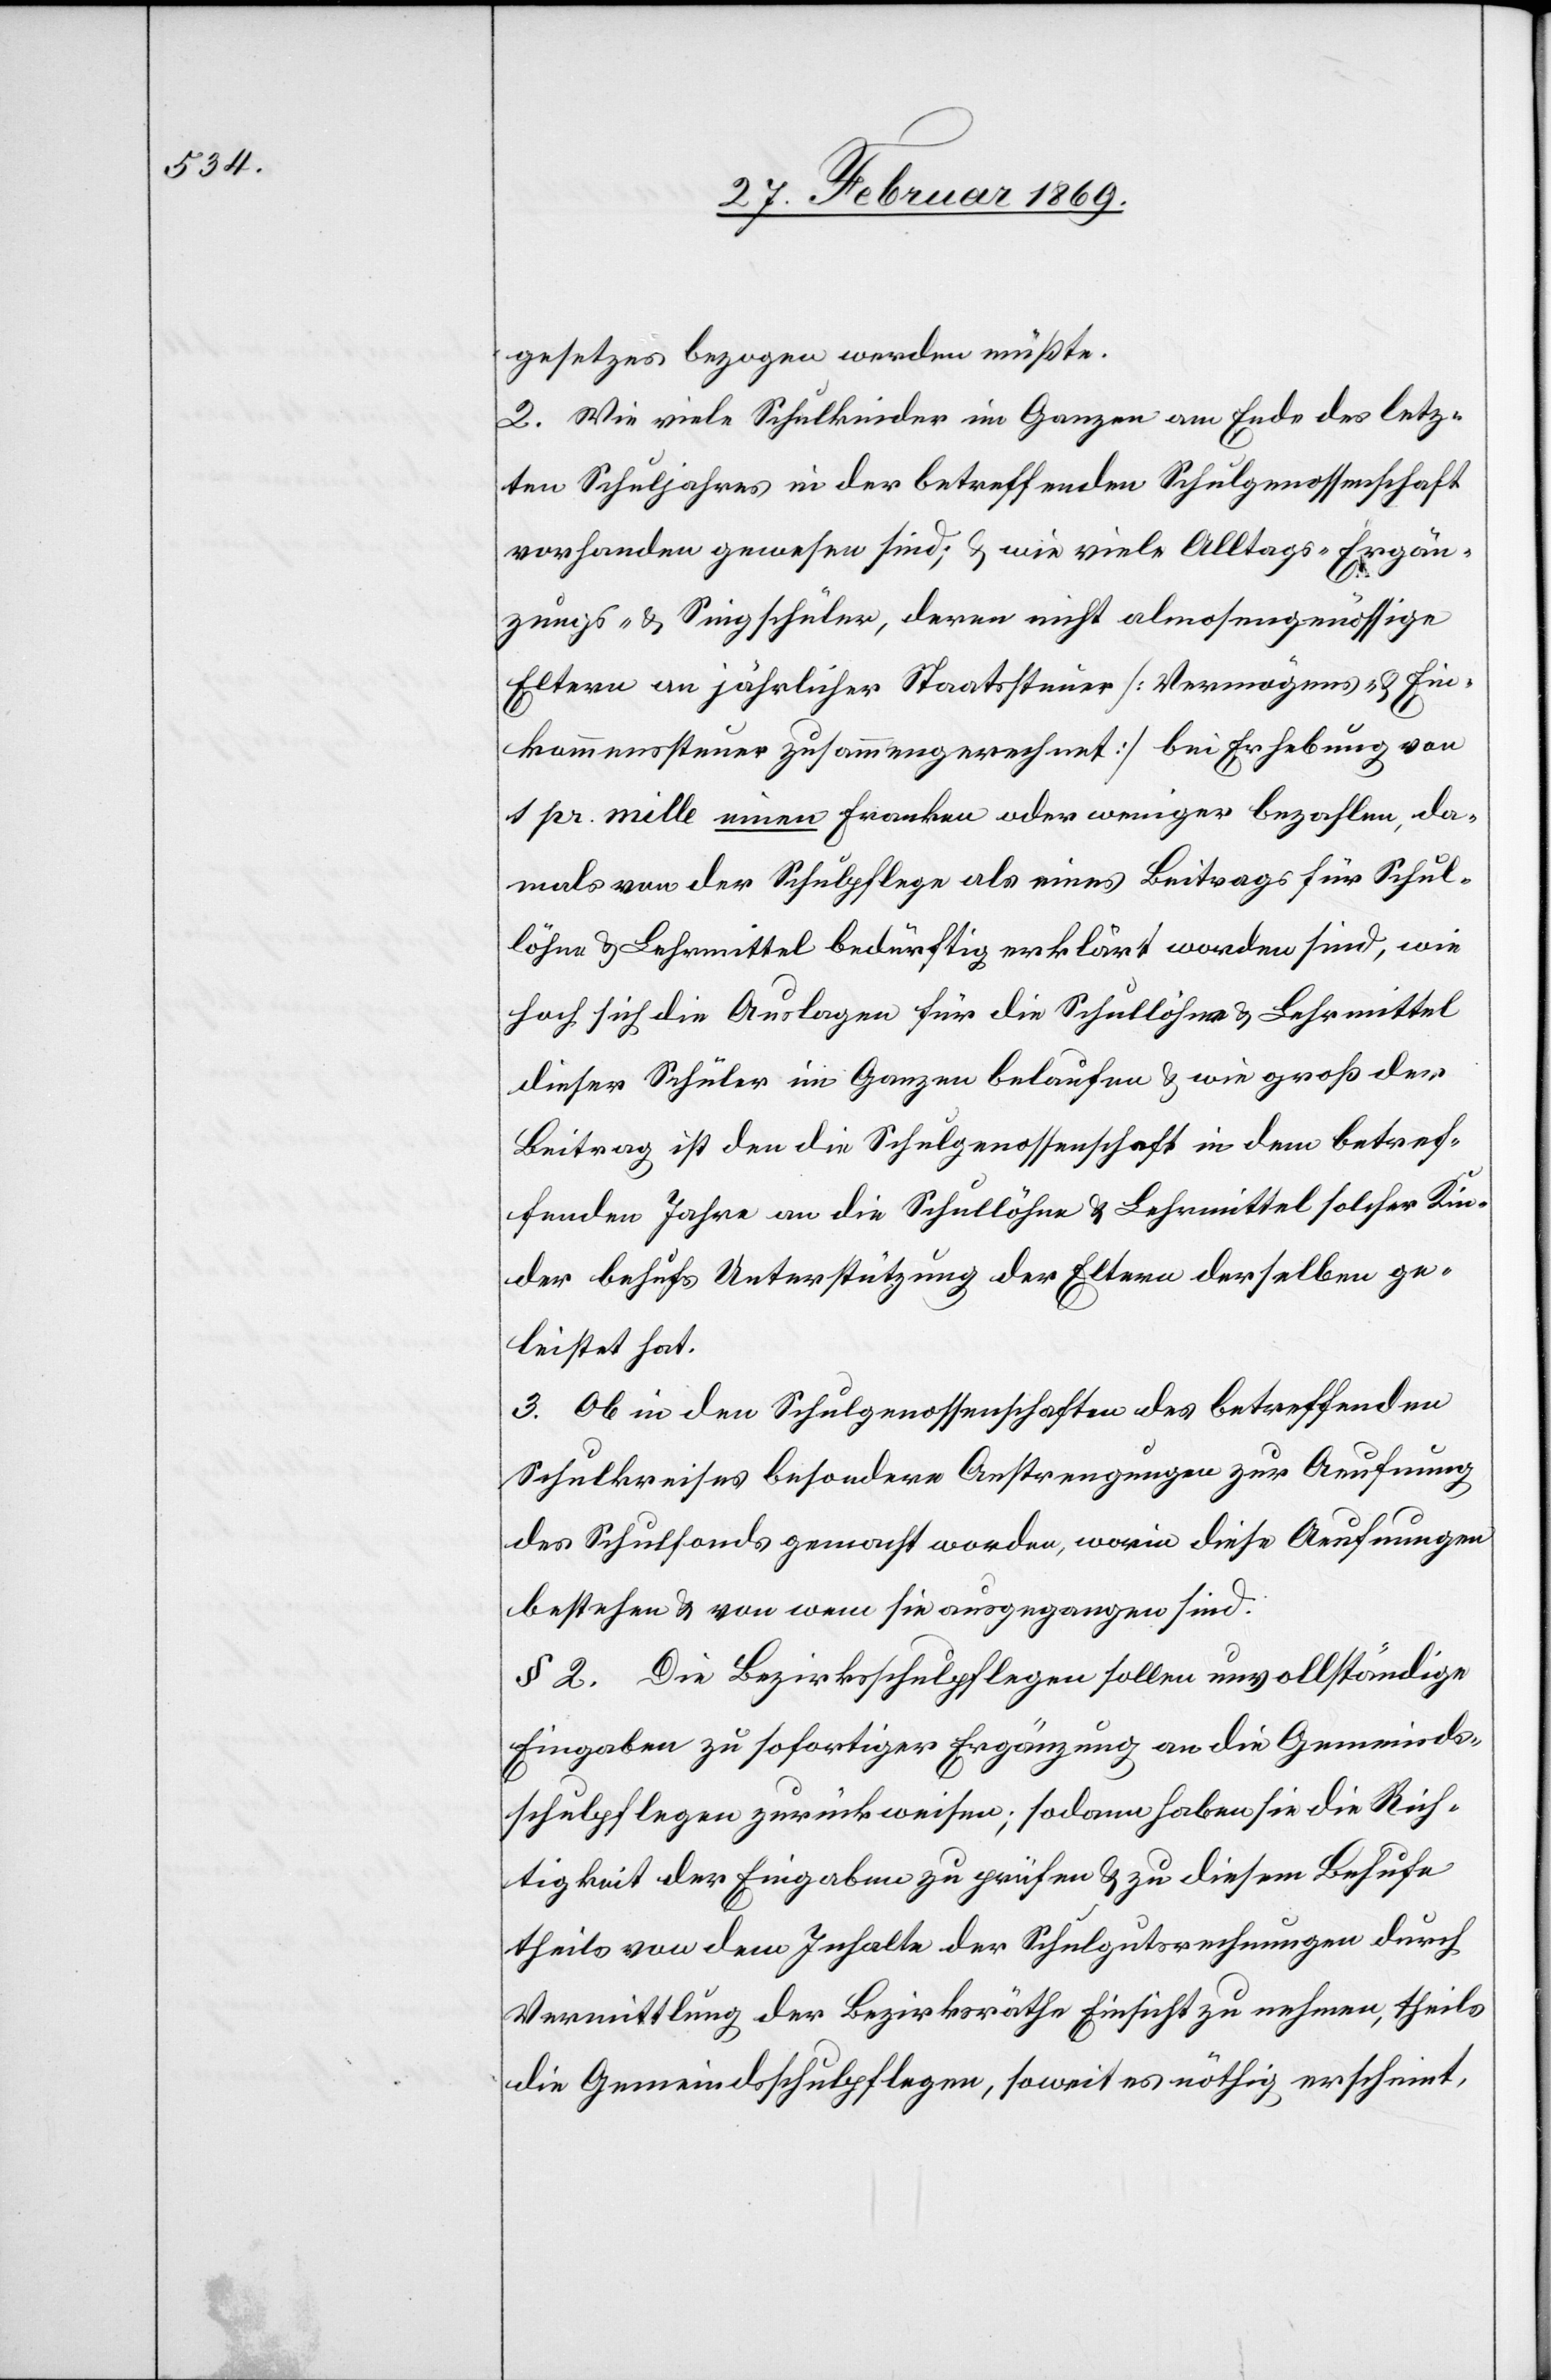
gesetzes [sic!] bezogen werden müßte.
2. Wie viele Schulkinder im Ganzen am Ende des letz¬
ten Schuljahres in der betreffenden Schulgenossenschaft
vorhanden gewesen sind; & wie viele Alltags- Ergän¬
zungs- & Singschüler, deren nicht almosengenössige
Eltern an jährlicher Staatssteuer [Vermögens- & Ein¬
kommenssteuer zusammengerechnet] bei Erhebung von
1 pr. mille einen Franken oder weniger bezahlen, da¬
mals von der Schulpflege als eines Beitrages für Schul¬
löhne & Lehrmittel bedürftig erklärt worden sind, wie
hoch sich die Auslagen für die Schullöhne & Lehrmittel
dieser Schüler im Ganzen belaufen & wie groß der
Beitrag ist den die Schulgenossenschaft in dem betref¬
fenden Jahre an die Schullöhne & Lehrmittel solcher Kin¬
der behufs Unterstützung der Eltern derselben ge¬
leistet hat.
3. Ob in den Schulgenossenschaften des betreffenden
Schulkreises besondere Anstrengungen zur Aeufnung
des Schulfonds gemacht worden, worin diese Aeufnungen
bestehen & von wem sie ausgegangen sind:
§ 2. Die Bezirksschulpflegen sollen unvollständige
Eingaben zu sofortiger Ergänzung an die Gemeinds¬
schulpflegen zurückweisen; sodann haben sie die Rich¬
tigkeit der Eingaben zu prüfen & zu diesem Behufe
theils von dem Inhalte der Schulgutsrechnungen durch
Vermittlung der Bezirksräthe Einsicht zu nehmen, theils
die Gemeindsschulpflegen, soweit es nöthig erscheint,